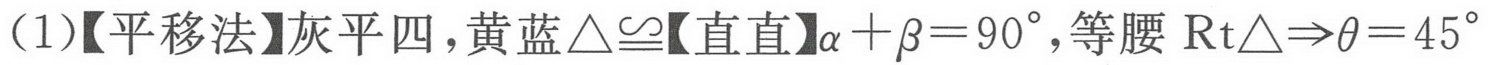
（1）【平移法】灰平四，黄蓝\(\triangle\cong\)【直直】\(\alpha+\beta = 90^{\circ}\)，等腰\(\text{Rt}\triangle\Rightarrow\theta = 45^{\circ}\)